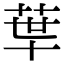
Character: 𦰗